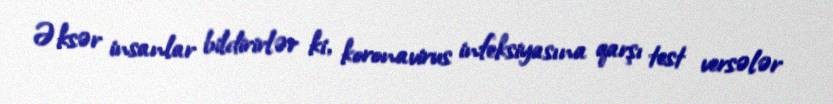
Əksər insanlar bildirirlər ki, koronavirus infeksiyasına qarşı test versələr